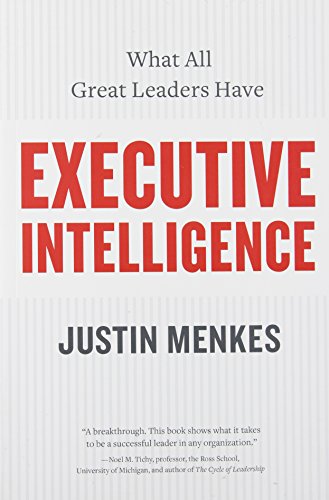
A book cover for Executive Intelligence: What All Great Leaders Have; Justin Menkes; Business & Money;